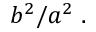
b ^ { 2 } / a ^ { 2 } \ .